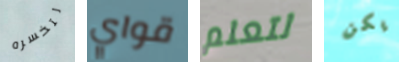
لتخسره قواي لتعلم يكن